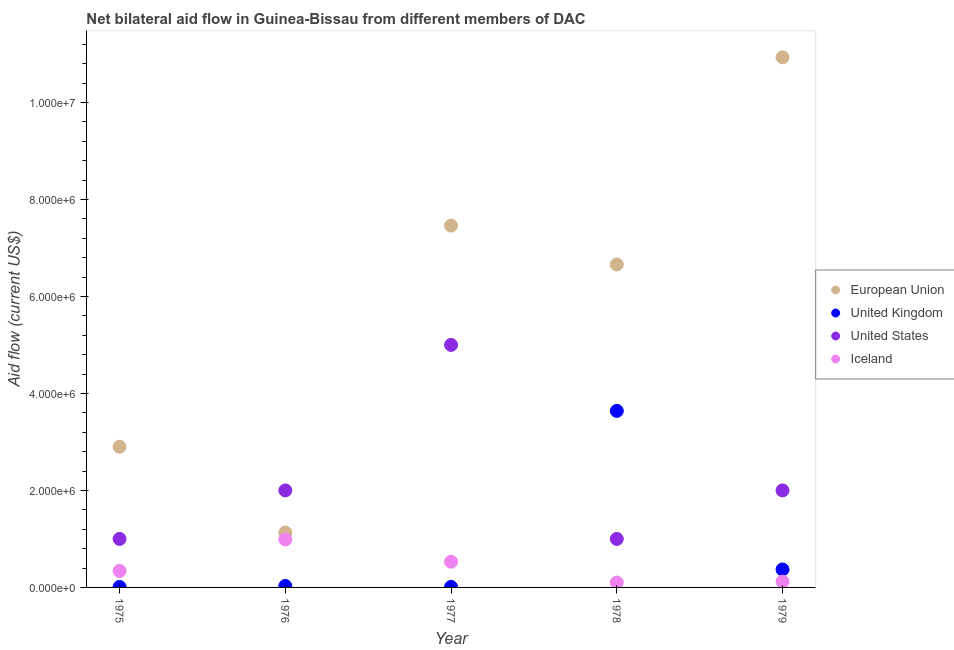
| Year | European Union | United Kingdom | United States | Iceland |
 | --- | --- | --- | --- | --- |
 | 1975 | 2.9e+06 | 1e+04 | 1e+06 | 3.4e+05 |
 | 1976 | 1.13e+06 | 3e+04 | 2e+06 | 9.9e+05 |
 | 1977 | 7.46e+06 | 1e+04 | 5e+06 | 5.3e+05 |
 | 1978 | 6.66e+06 | 3.64e+06 | 1e+06 | 1e+05 |
 | 1979 | 1.09e+07 | 3.7e+05 | 2e+06 | 1.2e+05 |